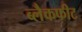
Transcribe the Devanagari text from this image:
ब्लैकफीट